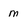
Character: m